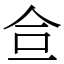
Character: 鿖